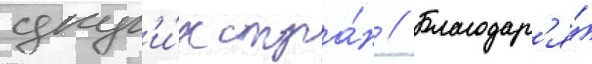
друг'и́х стра́н // Благодар'я́